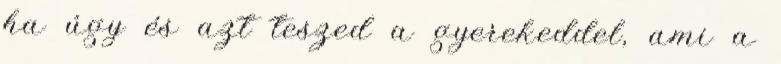
ha úgy és azt teszed a gyerekeddel, ami a